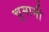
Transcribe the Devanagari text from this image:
चुमानी